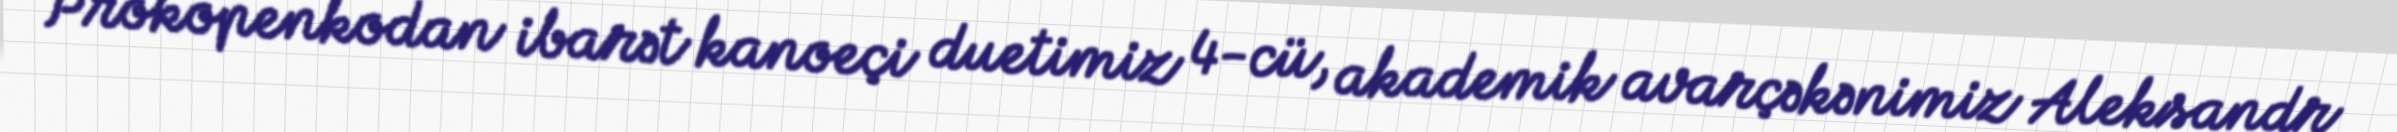
Prokopenkodan ibarət kanoeçi duetimiz 4-cü, akademik avarçəkənimiz Aleksandr